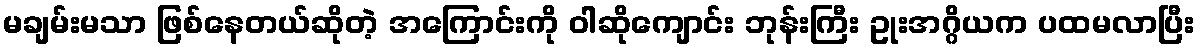
မချမ်းမသာ ဖြစ်နေတယ်ဆိုတဲ့ အကြောင်းကို ဝါဆိုကျောင်း ဘုန်းကြီး ဥုးအဂ္ဂိယက ပထမလာပြီး